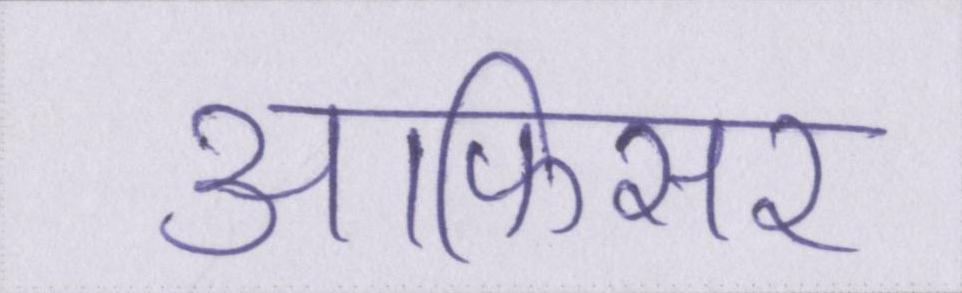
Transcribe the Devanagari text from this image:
आफिसर